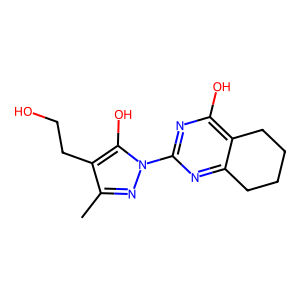
SMILES: Cc1nn(-c2nc(O)c3c(n2)CCCC3)c(O)c1CCO
Inhibits HIV replication: No